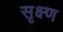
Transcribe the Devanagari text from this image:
सृक्ष्‍ण